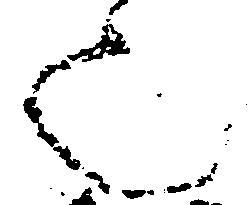
也